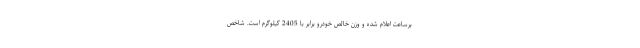
برساعت اعلام شده و وزن خالص خودرو برابر با 2405 کیلوگرم است. شاخص